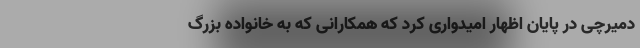
دمیرچی در پایان اظهار امیدواری کرد که همکارانی که به خانواده بزرگ